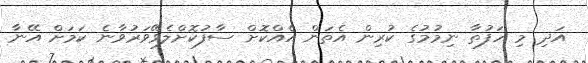
އަދި މި ހަފުތާ ނިމުމުގެ ކުރިން އެތަން އެއްކޮށް ސާފުކޮށްލެވޭވަރުވާނެ ކަމަށް އޭނާ